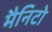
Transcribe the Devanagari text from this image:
मैनिटो